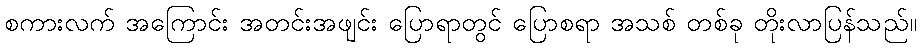
စကားလက် အကြောင်း အတင်းအဖျင်း ပြောရာတွင် ပြောစရာ အသစ် တစ်ခု တိုးလာပြန်သည်။